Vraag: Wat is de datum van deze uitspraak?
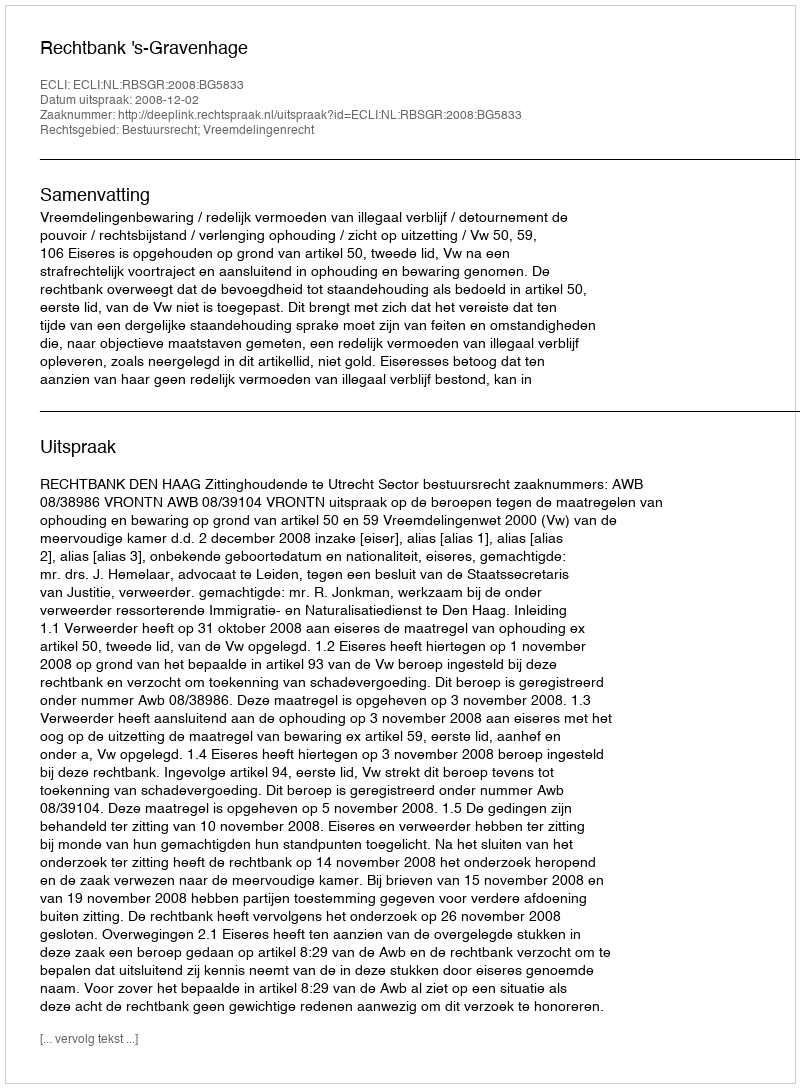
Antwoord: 2008-12-02